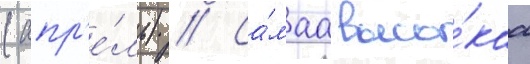
(апр'е́ль) // Са́маа высо́каа